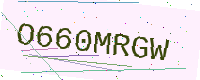
Text: O660MRGW